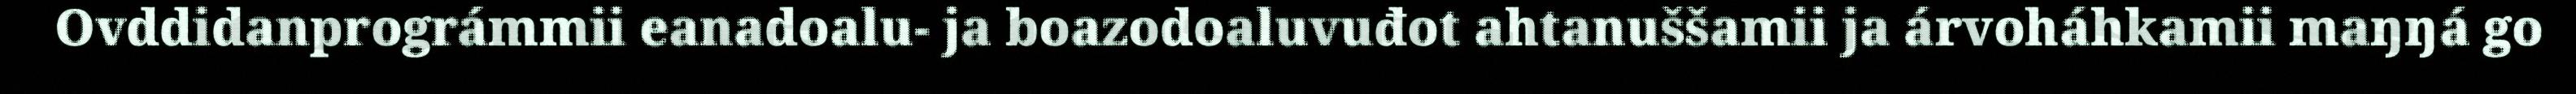
Ovddidanprográmmii eanadoalu- ja boazodoaluvuđot ahtanuššamii ja árvoháhkamii maŋŋá go